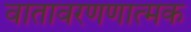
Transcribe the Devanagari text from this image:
वातावरणणात्मक